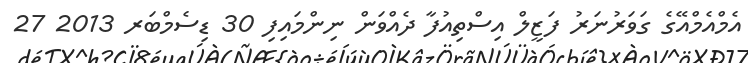
އެމްއެމްއޭގެ ގަވަރުނަރު ފަޒީލް އިސްތިއުފާ ދެއްވަން ނިންމައިފި 30 ޑިސެމްބަރ 2013 27